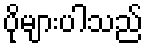
ပိုများပါသည်